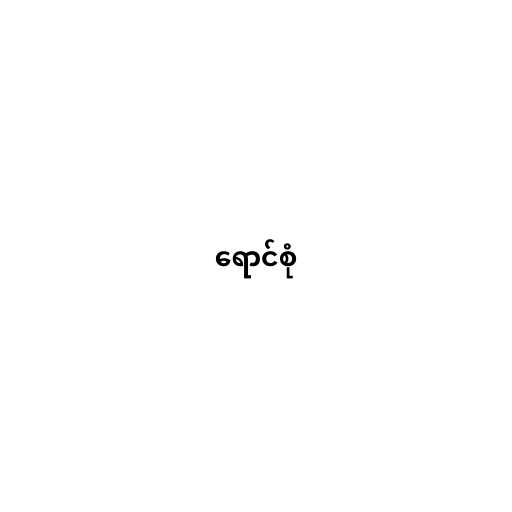
ရောင်စုံ